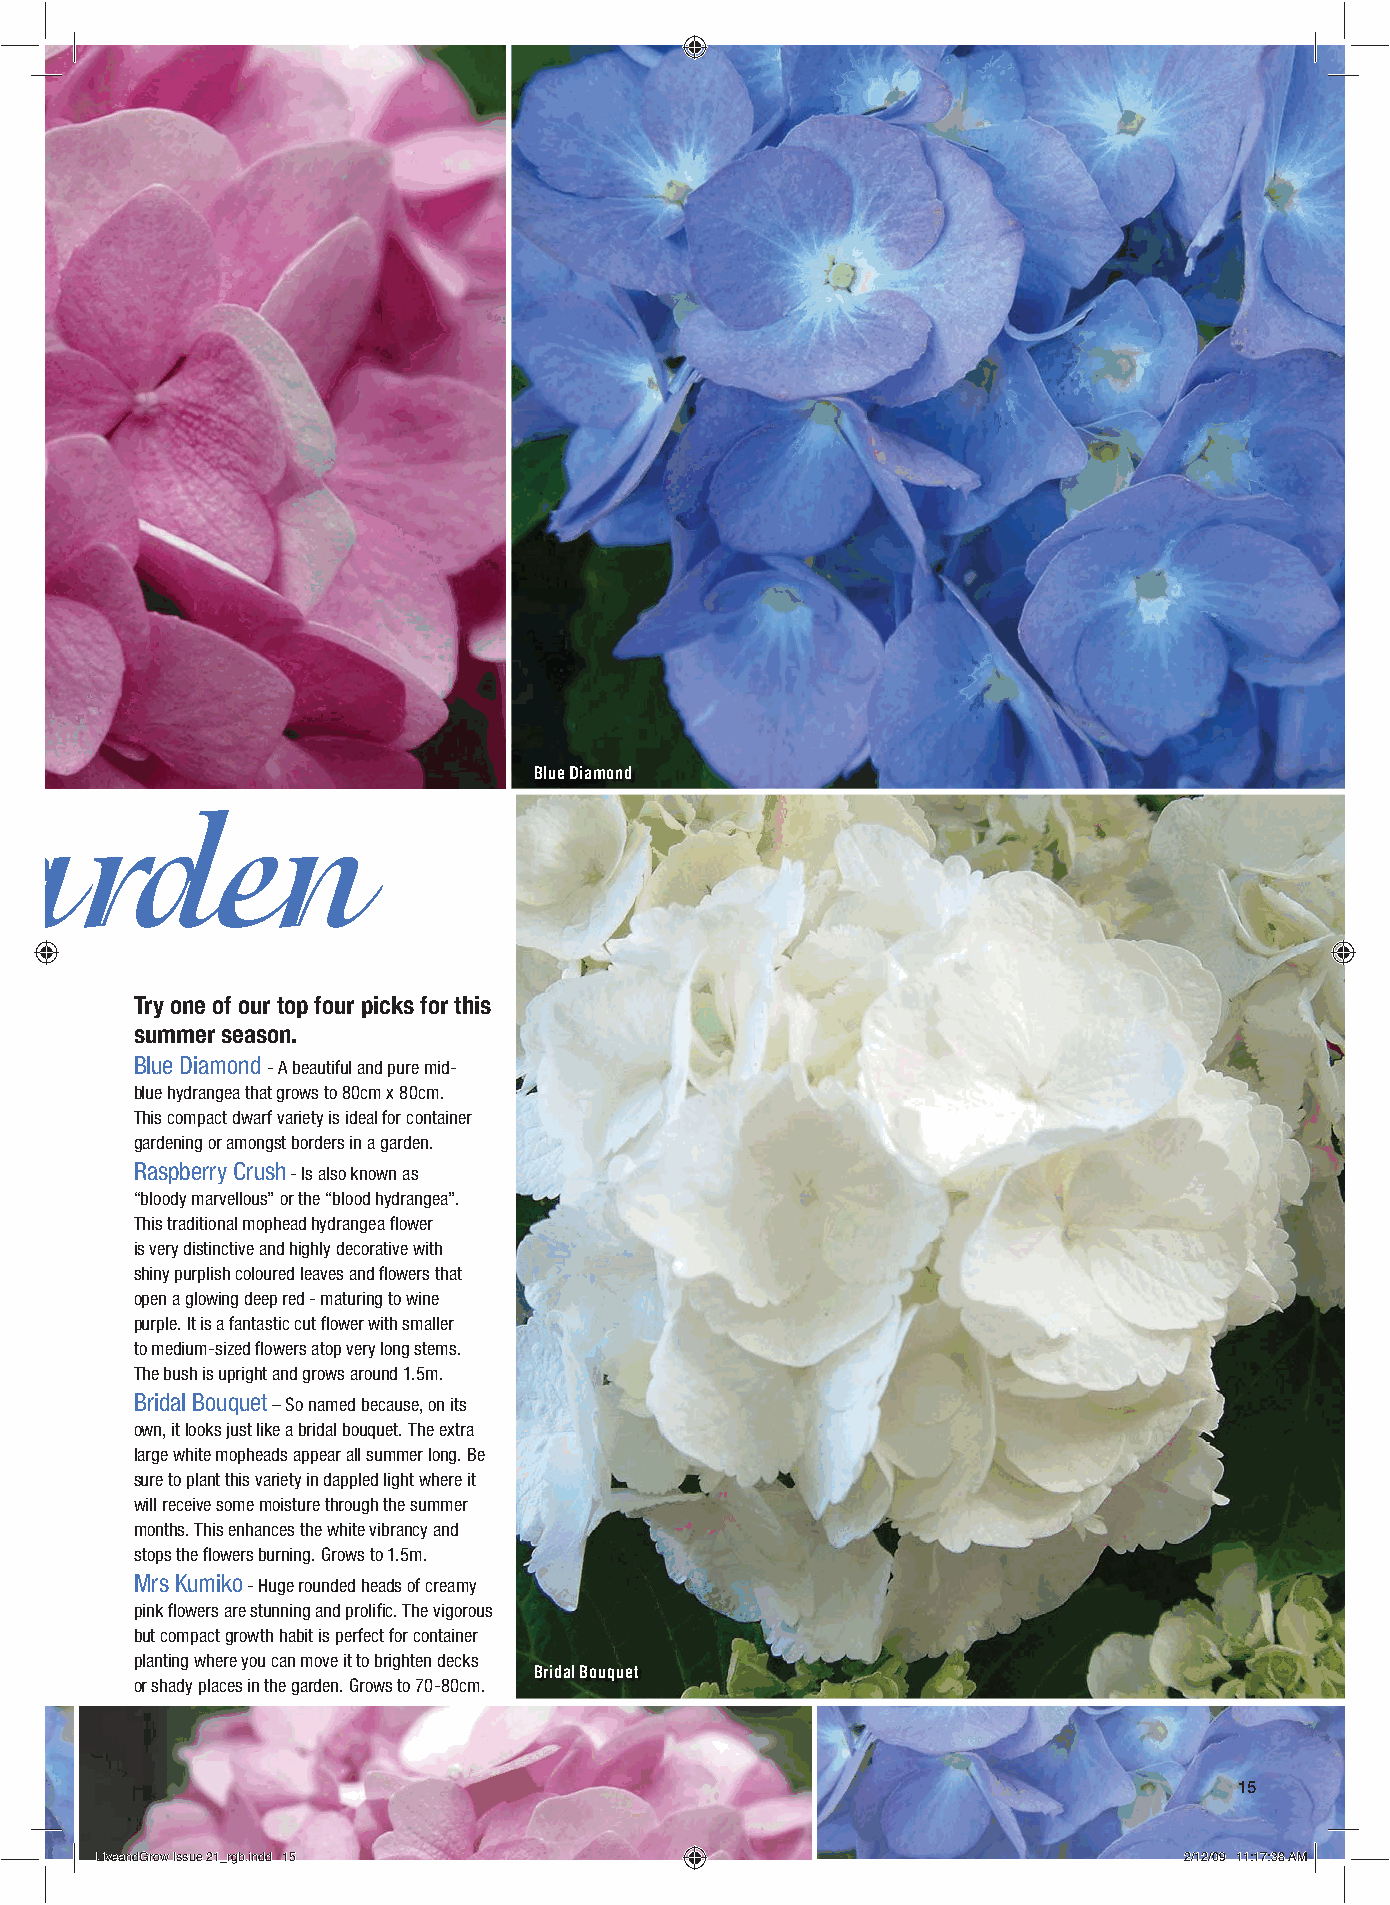
Blue Diamond
 a     rden
 Try one of our top four picks for this
 summer season.
 Blue Diamond - A beautiful and pure mid-
 blue hydrangea that grows to 80cm x 80cm.
 This compact dwarf variety is ideal for container
 gardening or amongst borders in a garden.
 Raspberry Crush - Is also known as
 “bloody marvellous” or the “blood hydrangea”.
 This traditional mophead hydrangea fl ower
 is very distinctive and highly decorative with
 shiny purplish coloured leaves and fl owers that
 open a glowing deep red - maturing to wine
 purple. It is a fantastic cut fl ower with smaller
 to medium-sized fl owers atop very long stems.
 The bush is upright and grows around 1.5m.
 Bridal Bouquet – So named because, on its
 own, it looks just like a bridal bouquet. The extra
 large white mopheads appear all summer long. Be
 sure to plant this variety in dappled light where it
 will receive some moisture through the summer
 months. This enhances the white vibrancy and
 stops the fl owers burning. Grows to 1.5m.
 Mrs Kumiko - Huge rounded heads of creamy
 pink fl owers are stunning and prolifi c. The vigorous
 but compact growth habit is perfect for container
 planting where you can move it to brighten decks
 Bridal Bouquet
 or shady places in the garden. Grows to 70-80cm.
 15
 LLiivveeaannddGGrrooww IIssssuuee 2211__rrggbb..iinndddd 1155           22//1122//0099 1111::1177::3388 AAMM